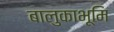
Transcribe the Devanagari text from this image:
बालुकाभूमि